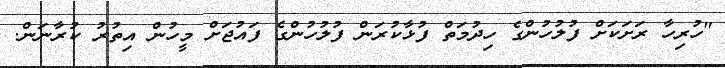
"ހުރިހާ ރަށަކަށް ފުލުހުންގެ ހިދުމަތް ފުޅާކުރަން ފުލުހުންގެ ފައުޖަށް މީހުން އިތުރު ކުރާނަން.